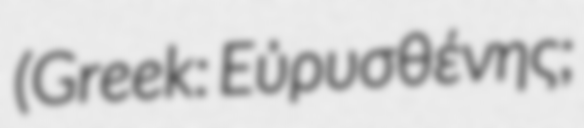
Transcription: (Greek: Εὐρυσθένης;